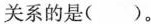
关系的是()。